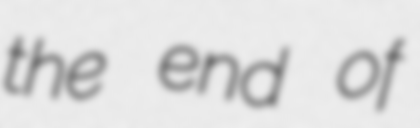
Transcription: the end of